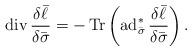
LaTeX: \begin{align*}\operatorname{div}\frac{\delta \bar{\ell}}{\delta\bar\sigma}=-\operatorname{Tr}\left(\operatorname{ad}^*_{\bar\sigma}\frac{\delta \bar{\ell}}{\delta\bar\sigma}\right).\end{align*}